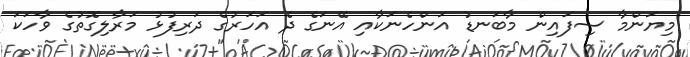
މިޔަންމާ ސިފައިން މާބަނޑު އަންހެނަކާއި އޭނަގެ ދެ އަހަރުގެ ދަރިފުޅު މަރާލިގޮތުގެ ވާހަކަ